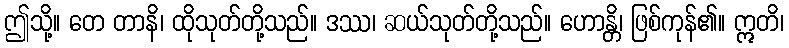
ဤသို့။ တေ တာနိ၊ ထိုသုတ်တို့သည်။ ဒဿ၊ ဆယ်သုတ်တို့သည်။ ဟောန္တိ၊ ဖြစ်ကုန်၏။ ဣတိ၊